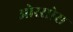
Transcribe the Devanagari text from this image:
ओरसोस